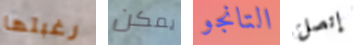
رغبتها يمكن التانجو إتصل